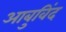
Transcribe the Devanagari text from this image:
आबुविंद